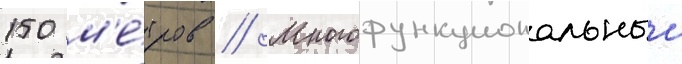
150 м'е́тров // Многофункциональныи